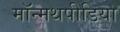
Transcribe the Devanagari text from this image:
मॉन्मथपीडिया